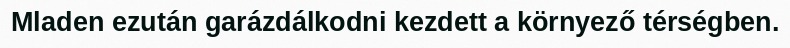
Mladen ezután garázdálkodni kezdett a környező térségben.